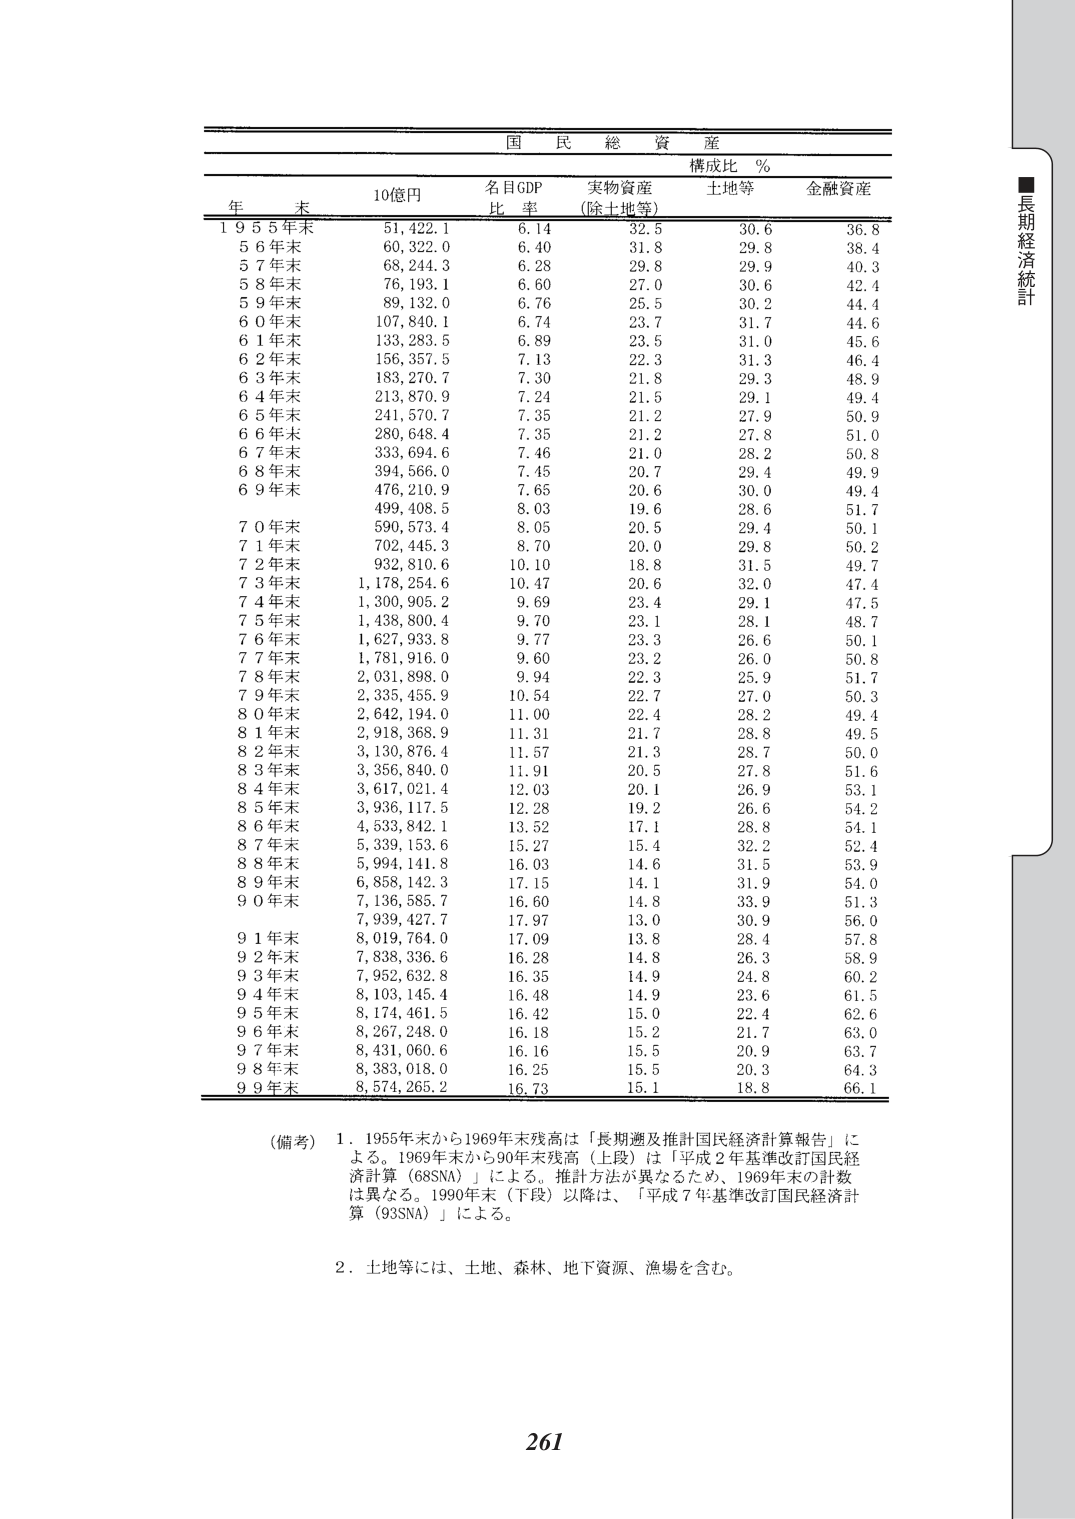
国 民 総 資 産
構成比 ％

年 末 10億円 名目GDP 比 率 実物資産 （除土地等） 土地等 金融資産

1955年末 51,422.1 6.14 32.5 30.6 36.8
56年末 60,322.0 6.40 31.8 29.8 38.4
57年末 68,244.3 6.28 29.8 29.9 40.3
58年末 76,193.1 6.60 27.0 30.6 42.4
59年末 89,132.0 6.76 25.5 30.2 44.4
60年末 107,840.1 6.74 23.7 31.7 44.6
61年末 133,283.5 6.89 23.5 31.0 45.6
62年末 156,357.5 7.13 22.3 31.3 46.4
63年末 183,270.7 7.30 21.8 29.3 48.9
64年末 213,870.9 7.24 21.5 29.1 49.4
65年末 241,570.7 7.35 21.2 27.9 50.9
66年末 280,648.4 7.35 21.2 27.8 51.0
67年末 333,694.6 7.46 21.0 28.2 50.8
68年末 394,566.0 7.45 20.7 29.4 49.9
69年末 476,210.9 7.65 20.6 30.0 49.4
499,408.5 8.03 19.6 28.6 51.7
70年末 590,573.4 8.05 20.5 29.4 50.1
71年末 702,445.3 8.70 20.0 29.8 50.2
72年末 932,810.6 10.10 18.8 31.5 49.7
73年末 1,178,254.6 10.47 20.6 32.0 47.4
74年末 1,300,905.2 9.69 23.4 29.1 47.5
75年末 1,438,800.4 9.70 23.1 28.1 48.7
76年末 1,627,933.8 9.77 23.3 26.6 50.1
77年末 1,781,916.0 9.60 23.2 26.0 50.8
78年末 2,031,898.0 9.94 22.3 25.9 51.7
79年末 2,335,455.9 10.54 22.7 27.0 50.3
80年末 2,642,194.0 11.00 22.4 28.2 49.4
81年末 2,918,368.9 11.31 21.7 28.8 49.5
82年末 3,130,876.4 11.57 21.3 28.7 50.0
83年末 3,356,840.0 11.91 20.5 27.8 51.6
84年末 3,617,021.4 12.03 20.1 26.9 53.1
85年末 3,936,117.5 12.28 19.2 26.6 54.2
86年末 4,533,842.1 13.52 17.1 28.8 54.1
87年末 5,339,153.6 15.27 15.4 32.2 52.4
88年末 5,994,141.8 16.03 14.6 31.5 53.9
89年末 6,858,142.3 17.15 14.1 31.9 54.0
90年末 7,136,585.7 16.60 14.8 33.9 51.3
7,939,427.7 17.97 13.0 30.9 56.0
91年末 8,019,764.0 17.09 13.8 28.4 57.8
92年末 7,838,336.6 16.28 14.8 26.3 58.9
93年末 7,952,632.8 16.35 14.9 24.8 60.2
94年末 8,103,145.4 16.48 14.9 23.6 61.5
95年末 8,174,461.5 16.42 15.0 22.4 62.6
96年末 8,267,248.0 16.18 15.2 21.7 63.0
97年末 8,431,060.6 16.16 15.5 20.9 63.7
98年末 8,383,018.0 16.25 15.5 20.3 64.3
99年末 8,574,265.2 16.73 15.1 18.8 66.1

（備考）
1．1955年末から1969年末残高は「長期遡及推計国民経済計算報告」による。1969年末から90年末残高（上段）は「平成2年基準改訂国民経済計算（68SNA）」による。推計方法が異なるため、1969年末の計数は異なる。1990年末（下段）以降は、「平成7年基準改訂国民経済計算（93SNA）」による。
2．土地等には、土地、森林、地下資源、漁場を含む。

261
■長期経済統計